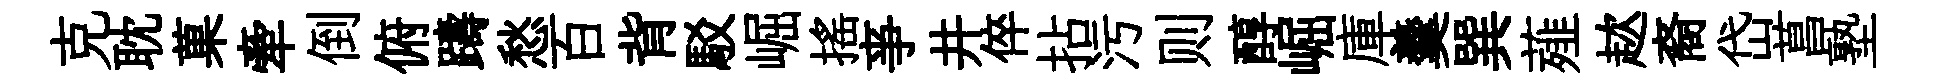
克耽菓牽倒俯躊愁百背駁崛摇亊井倅拈污则醇崛庫羹巽薤趑裔岱菖塾